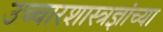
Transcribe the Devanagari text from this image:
उच्चारशास्त्रज्ञांच्या